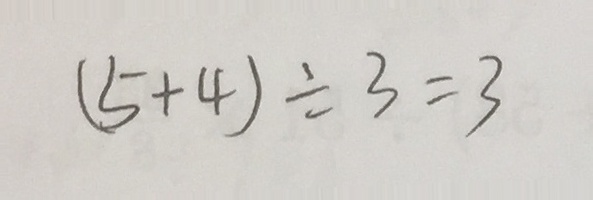
( 5 + 4 ) \div 3 = 3